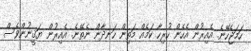
ހަމަޖެހޭނެ. އެއިރުން އެހެން ހުރިހާ ކަމެއް މަތިން ހަނދާން ނެތޭނެ. އެއިރުން ޔަޤީނުންވެސް